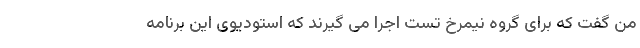
من گفت که برای گروه نیمرخ تست اجرا می‌ گیرند که استودیوی این برنامه